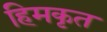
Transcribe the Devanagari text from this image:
हिमकृत